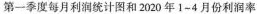
第一季度每月利润统计图和2020年1-4月份利润率